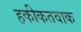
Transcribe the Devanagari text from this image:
हकीकतवाक